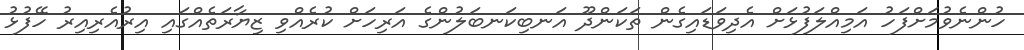
ހުންނެވުމަށްފަހު އަމިއްލަފުޅަށް އެދިވަޑައިގެން ތަކަންދޫ އަނބިކަނބަލުންގެ އަރިހަށް ކުރެއްވި ޒިޔާރަތެއްގައި އިރުއެރިއިރު ހޭފުޅު